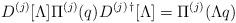
LaTeX: \begin{align*}D^{(j)} [\Lambda] \Pi^{(j)} (q) D^{(j)\,\dagger} [\Lambda] = \Pi^{(j)}(\Lambda q)\end{align*}